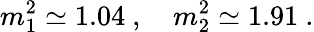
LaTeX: m_{1}^{2}\simeq 1.04\ ,\quad m_{2}^{2}\simeq 1.91\ .